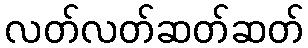
လတ်လတ်ဆတ်ဆတ်